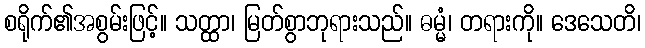
စရိုက်၏အစွမ်းဖြင့်။ သတ္ထာ၊ မြတ်စွာဘုရားသည်။ ဓမ္မံ၊ တရားကို။ ဒေသေတိ၊